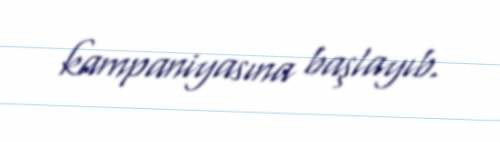
kampaniyasına başlayıb.